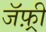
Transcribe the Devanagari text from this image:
जॅफ़्री